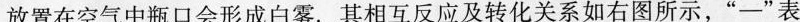
放置在空气中瓶口会形成白雾. 其相互反应及转化关系如右图所示，”—”表